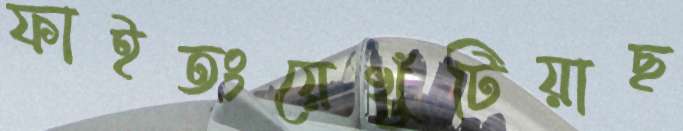
ফাইতংয়েখুঁটিয়াছ